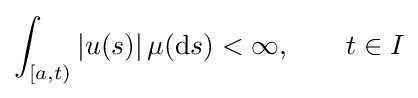
\int _{[a,t)}|u(s)|\,\mu (\mathrm {d} s)<\infty ,\qquad t\in I